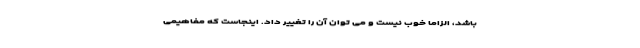
باشد، الزاماً خوب نیست و می توان آن را تغییر داد. اینجاست که مفاهیمی